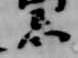
忌